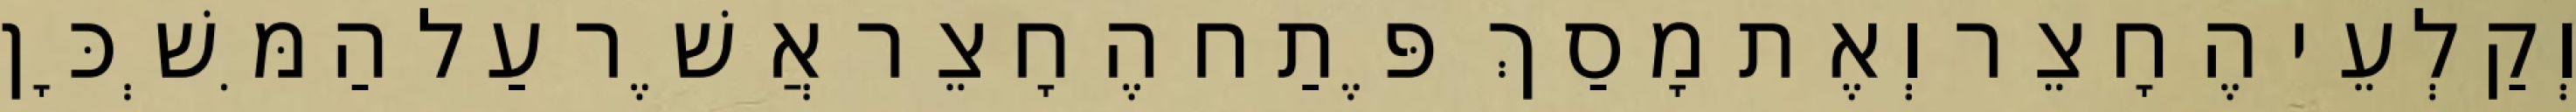
וְקַלְעֵי הֶחָצֵר וְאֶת מָסַךְ פֶּתַח הֶחָצֵר אֲשֶׁר עַל הַמִּשְׁכָּן